Tezpur Lunatic Asylum reports 1895-1904 - 1895-1904
Year: 1895
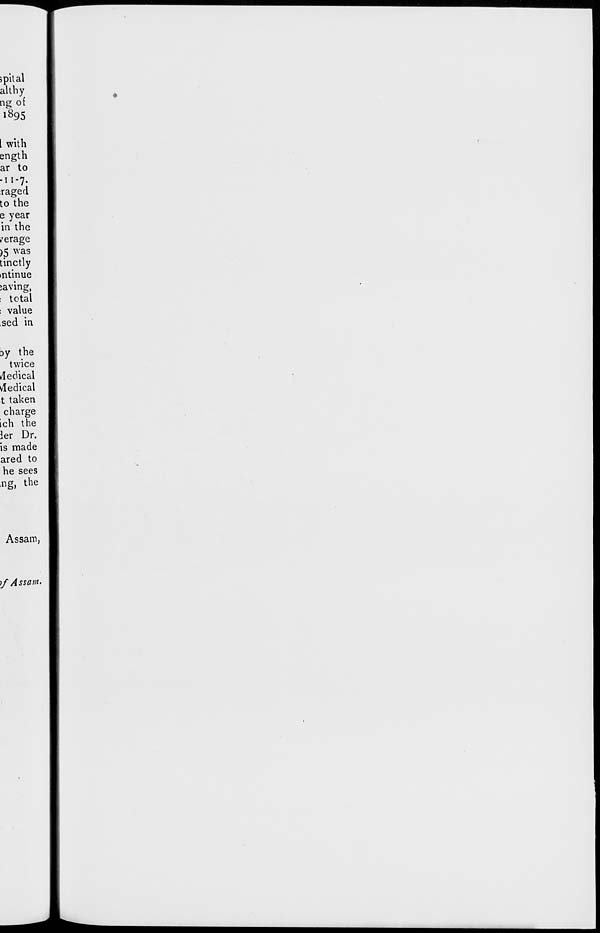
jpital
althy
ng of
1895
I with
ength
ar to
.11-7.
raged
to the
e year
in the
/erage
)5 was
tinctly
mtinue
saving,
total
value
sed in
jy the
twice
Medical
vledical
t taken
charge
ich the
Jer Dr.
is made
ared to
he sees
ng» tne
Assam,
if Assam.